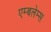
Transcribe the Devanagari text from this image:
एम्बलेम्स